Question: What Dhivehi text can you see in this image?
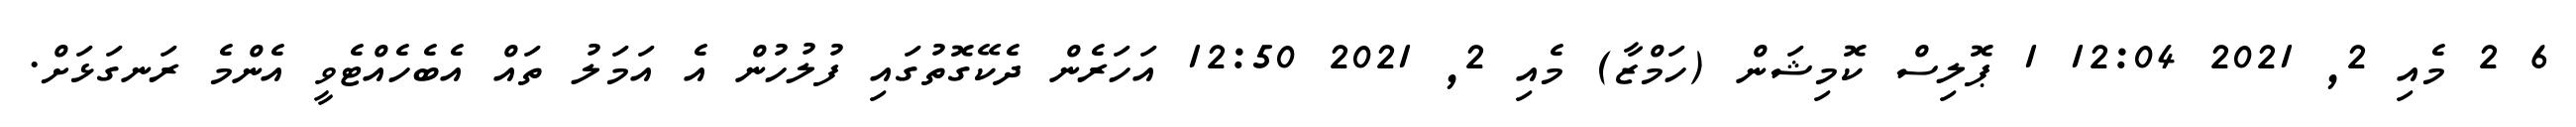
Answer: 6 2 މެއި 2, 2021 12:04 1 ޕޮލިސް ކޮމިޝަން (ހަމްޒާ) މެއި 2, 2021 12:50 އަހަރެން ދެކޭގޮތުގައި ފުލުހުން އެ އަމަލު ތައް އެބެހެއްޓެވީ އެންމެ ރަނގަޅަށް.